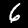
Digit: 6